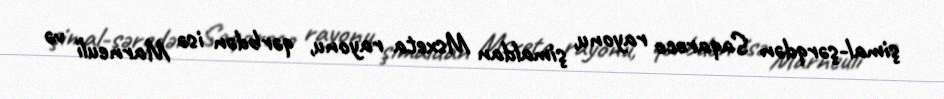
şimal-şərqdən Saqareco rayonu, şimaldan Msxeta rayonu, qərbdən isə Marneuli və